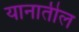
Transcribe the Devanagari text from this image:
यानातील